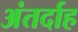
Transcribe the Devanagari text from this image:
अंतर्दाह